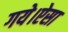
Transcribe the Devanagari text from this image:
गये।ऐसा